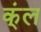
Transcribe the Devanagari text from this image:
क्ंल